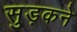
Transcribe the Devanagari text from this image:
सुड़कने